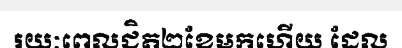
រយៈពេលជិត២ខែមកហើយ ដែល